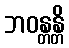
ဘဝန္တန္တိ